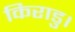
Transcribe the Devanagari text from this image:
किराडु।